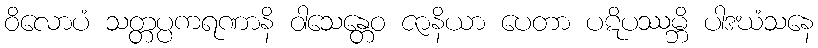
ဝိလောပံ သတ္တပ္ပကရဏာနိ ဝါသေန္တေဝ ဇာနိယာ ပေတာ ပဋိပဿမ္ဘိ ပါဒဃံသနေ